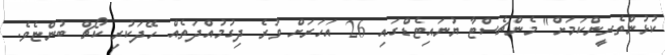
ކުޅުންތެރީންކަމަށް" މެންޗެސްޓާ ޔުނައިޓެޑްގައި 26 އަހަރަށް ވުރެ ދިގުމުއްދަތެއް ހޭދަކުރި ކޯޗް ބުންޏެވެ.